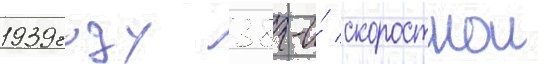
1939 году 38-и́ скоростнои